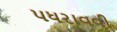
પધરાવવી